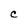
Character: C